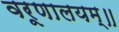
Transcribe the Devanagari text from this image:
वरूणालयम्॥